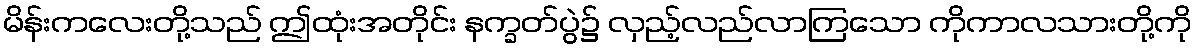
မိန်းကလေးတို့သည် ဤထုံးအတိုင်း နက္ခတ်ပွဲ၌ လှည့်လည်လာကြသော ကိုကာလသားတို့ကို